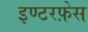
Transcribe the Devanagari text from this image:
इण्टरफ़ेस